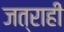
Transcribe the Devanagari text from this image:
जत्राही